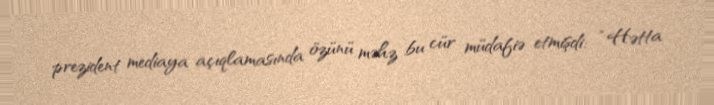
prezident mediaya açıqlamasında özünü məhz bu cür müdafiə etmişdi: “Hətta